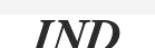
IND